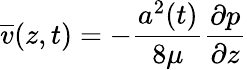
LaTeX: \overline{{v}}(z,t)=-\frac{a^{2}(t)}{8\mu}\frac{\partial p}{\partial z}